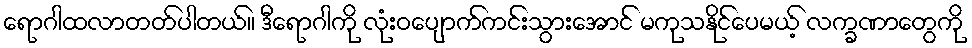
ရောဂါထလာတတ်ပါတယ်။ ဒီရောဂါကို လုံးဝပျောက်ကင်းသွားအောင် မကုသနိုင်ပေမယ့် လက္ခဏာတွေကို